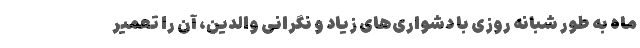
ماه به طور شبانه روزی با دشواری‌های زیاد و نگرانی والدین، آن را تعمیر